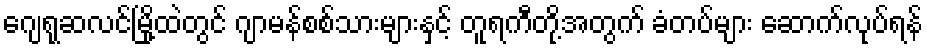
ဂျေရုဆလင်မြို့ထဲတွင် ဂျာမန်စစ်သားများနှင့် တူရကီတို့အတွက် ခံတပ်များ ဆောက်လုပ်ရန်